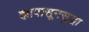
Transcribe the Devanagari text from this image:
ह्यापासूनसुद्धा